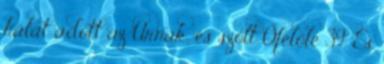
hálát adott az Úrnak, és szólt Őfelőle 39. És